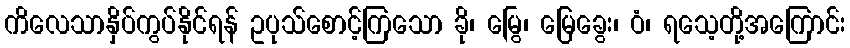
ကိလေသာနှိပ်ကွပ်နိုင်ရန် ဥပုသ်စောင့်ကြသော ခို၊ မြွေ၊ မြေခွေး၊ ဝံ၊ ရသေ့တို့အကြောင်း